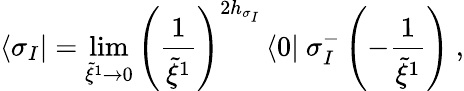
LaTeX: \langle\sigma_{I}|=\operatorname*{lim}_{\widetilde{\xi}^{1}\rightarrow 0}\left(\frac{1}{\widetilde{\xi}^{1}}\right)^{2h_{\sigma_{I}}}\, \langle 0|~\sigma_{I}^{-}\left(-\frac{1}{\widetilde{\xi}^{1}}\right)~,